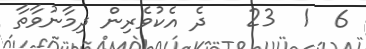
6  1  23   ދެ އެކުވެރިން ދިމާނުވާތާ